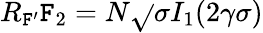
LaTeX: R_{\mathtt{F}^{\prime}}\mathtt{F}_{2}=N\sqrt{}{{\sigma}}I_{1}(2\gamma\sigma)